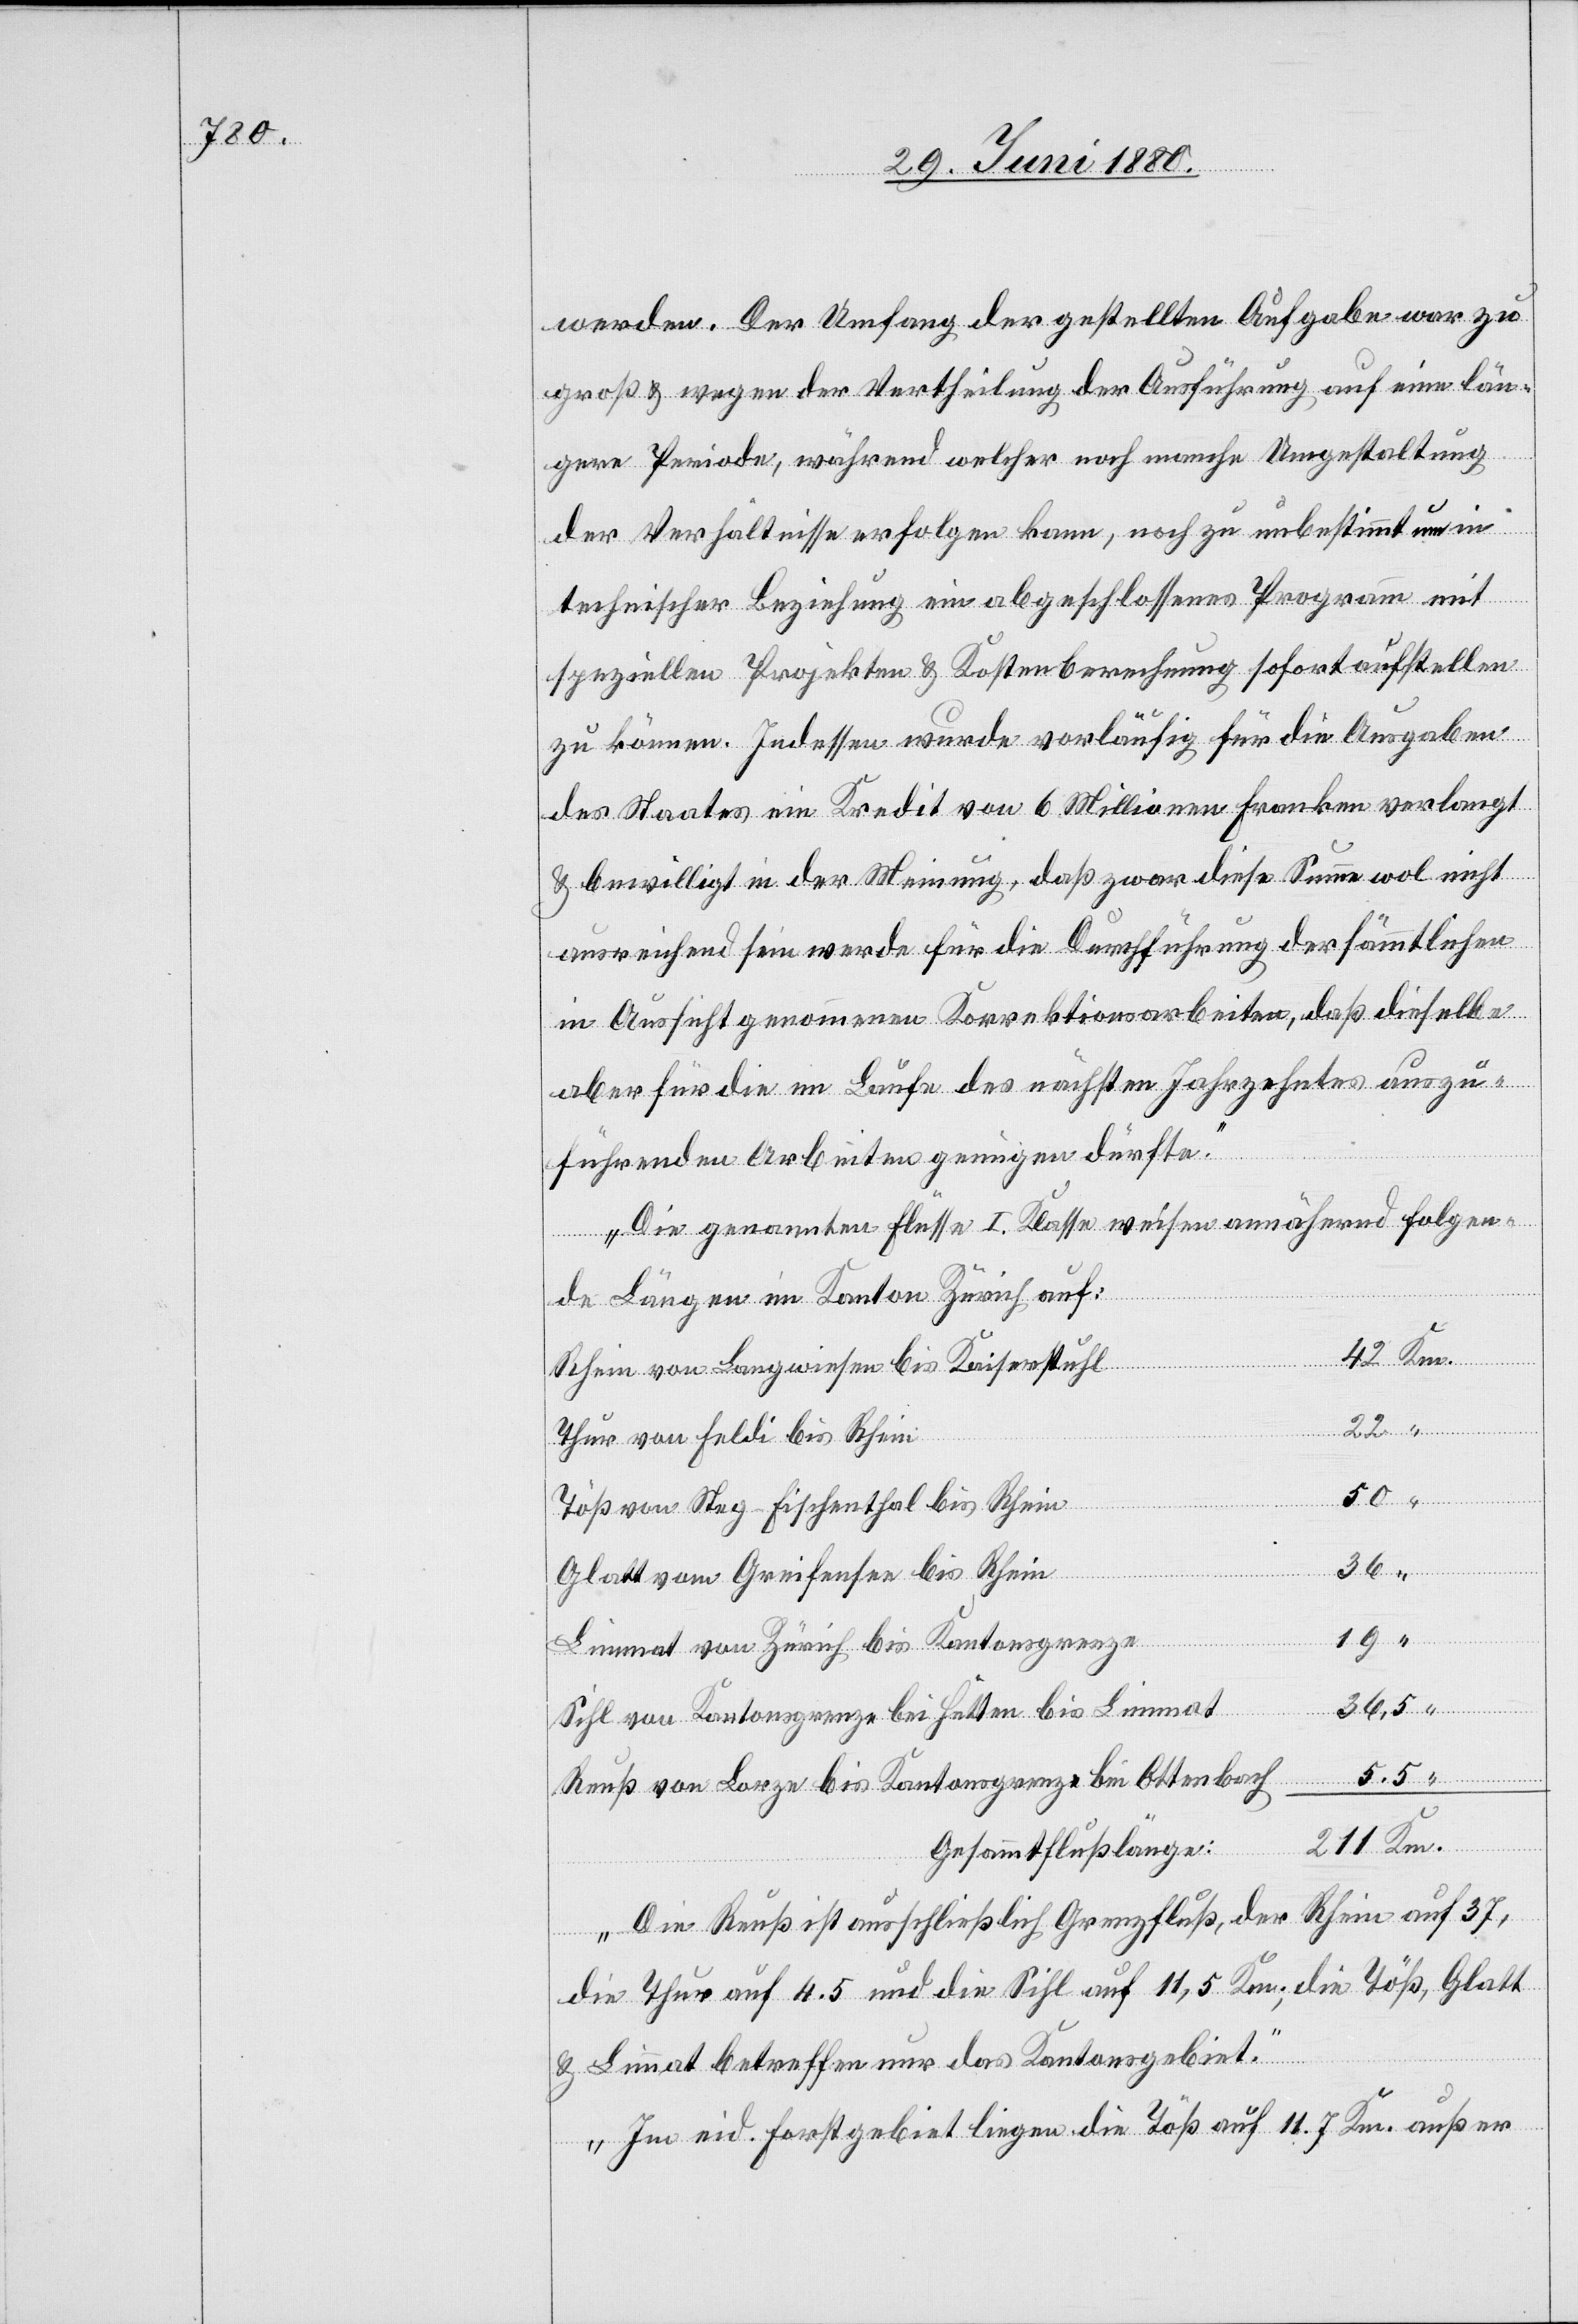
werden. Der Umfang der gestellten Aufgabe war zu
groß & wegen der Vertheilung der Ausführung auf eine län¬
gere Periode, während welcher noch manche Umgestaltung
der Verhältnisse erfolgen kann, noch zu unbestimmt um in
technischer Beziehung ein abgeschlossenes Programm mit
speziellen Projekten & Kostenberechnung sofort aufstellen
zu können. Indessen wurde vorläufig für die Ausgaben
des Staates ein Kredit von 6 Millionen Franken verlangt
& bewilligt in der Meinung, daß zwar diese Summe wol nicht
ausreichend sein werde für die Durchführung der sämmtlichen
in Aussicht genommenen Korrektionsarbeiten, daß dieselbe
aber für die im Laufe des nächsten Jahrzehntes auszu¬
führenden Arbeiten genügen dürfte.
Die genannten Flüsse I. Klasse weisen annähernd folgen¬
de Längen im Kanton Zürich auf:
42
Rhein von Langwiesen bis Kaiserstuhl
Thur von Feldi bis Rhein
Töß von Steg - Fischenthal bis Rhein
50
36,5
Glatt von Greifensee bis Rhein
Limmat von Zürich bis Kantonsgrenze
Sihl von Kantonsgrenze bei Hütten bis Limmat
5,5
Reuß von Lorze bis Kantonsgrenze bei Ottenbach
Gesammtflußlänge:
Die Reuß ist ausschließlich Grenzfluß, der Rhein auf 37,
die Thur auf 4.5 und die Sihl auf 11,5 Km; die Töß, Glatt
22
& Limmat betreffen nur das Kantonsgebiet.
Im eid. Forstgebiet liegen die Töß auf 11.7 Km. außer